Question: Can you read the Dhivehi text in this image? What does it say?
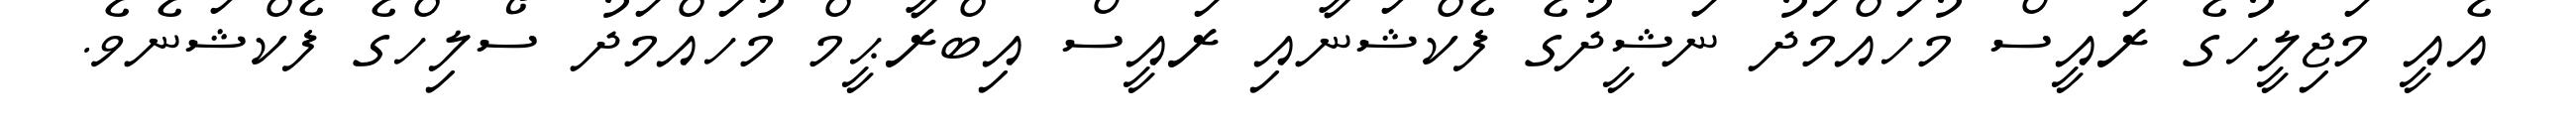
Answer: އެއީ މަޖިލީހުގެ ރައީސް މުހައްމަދު ނަޝީދުގެ ފެކްޝަނާއި ރައީސް އިބްރާޙީމް މުހައްމަދު ސޯލިހްގެ ފެކްޝަނެވެ.